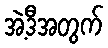
အဲ့ဒီအတွက်